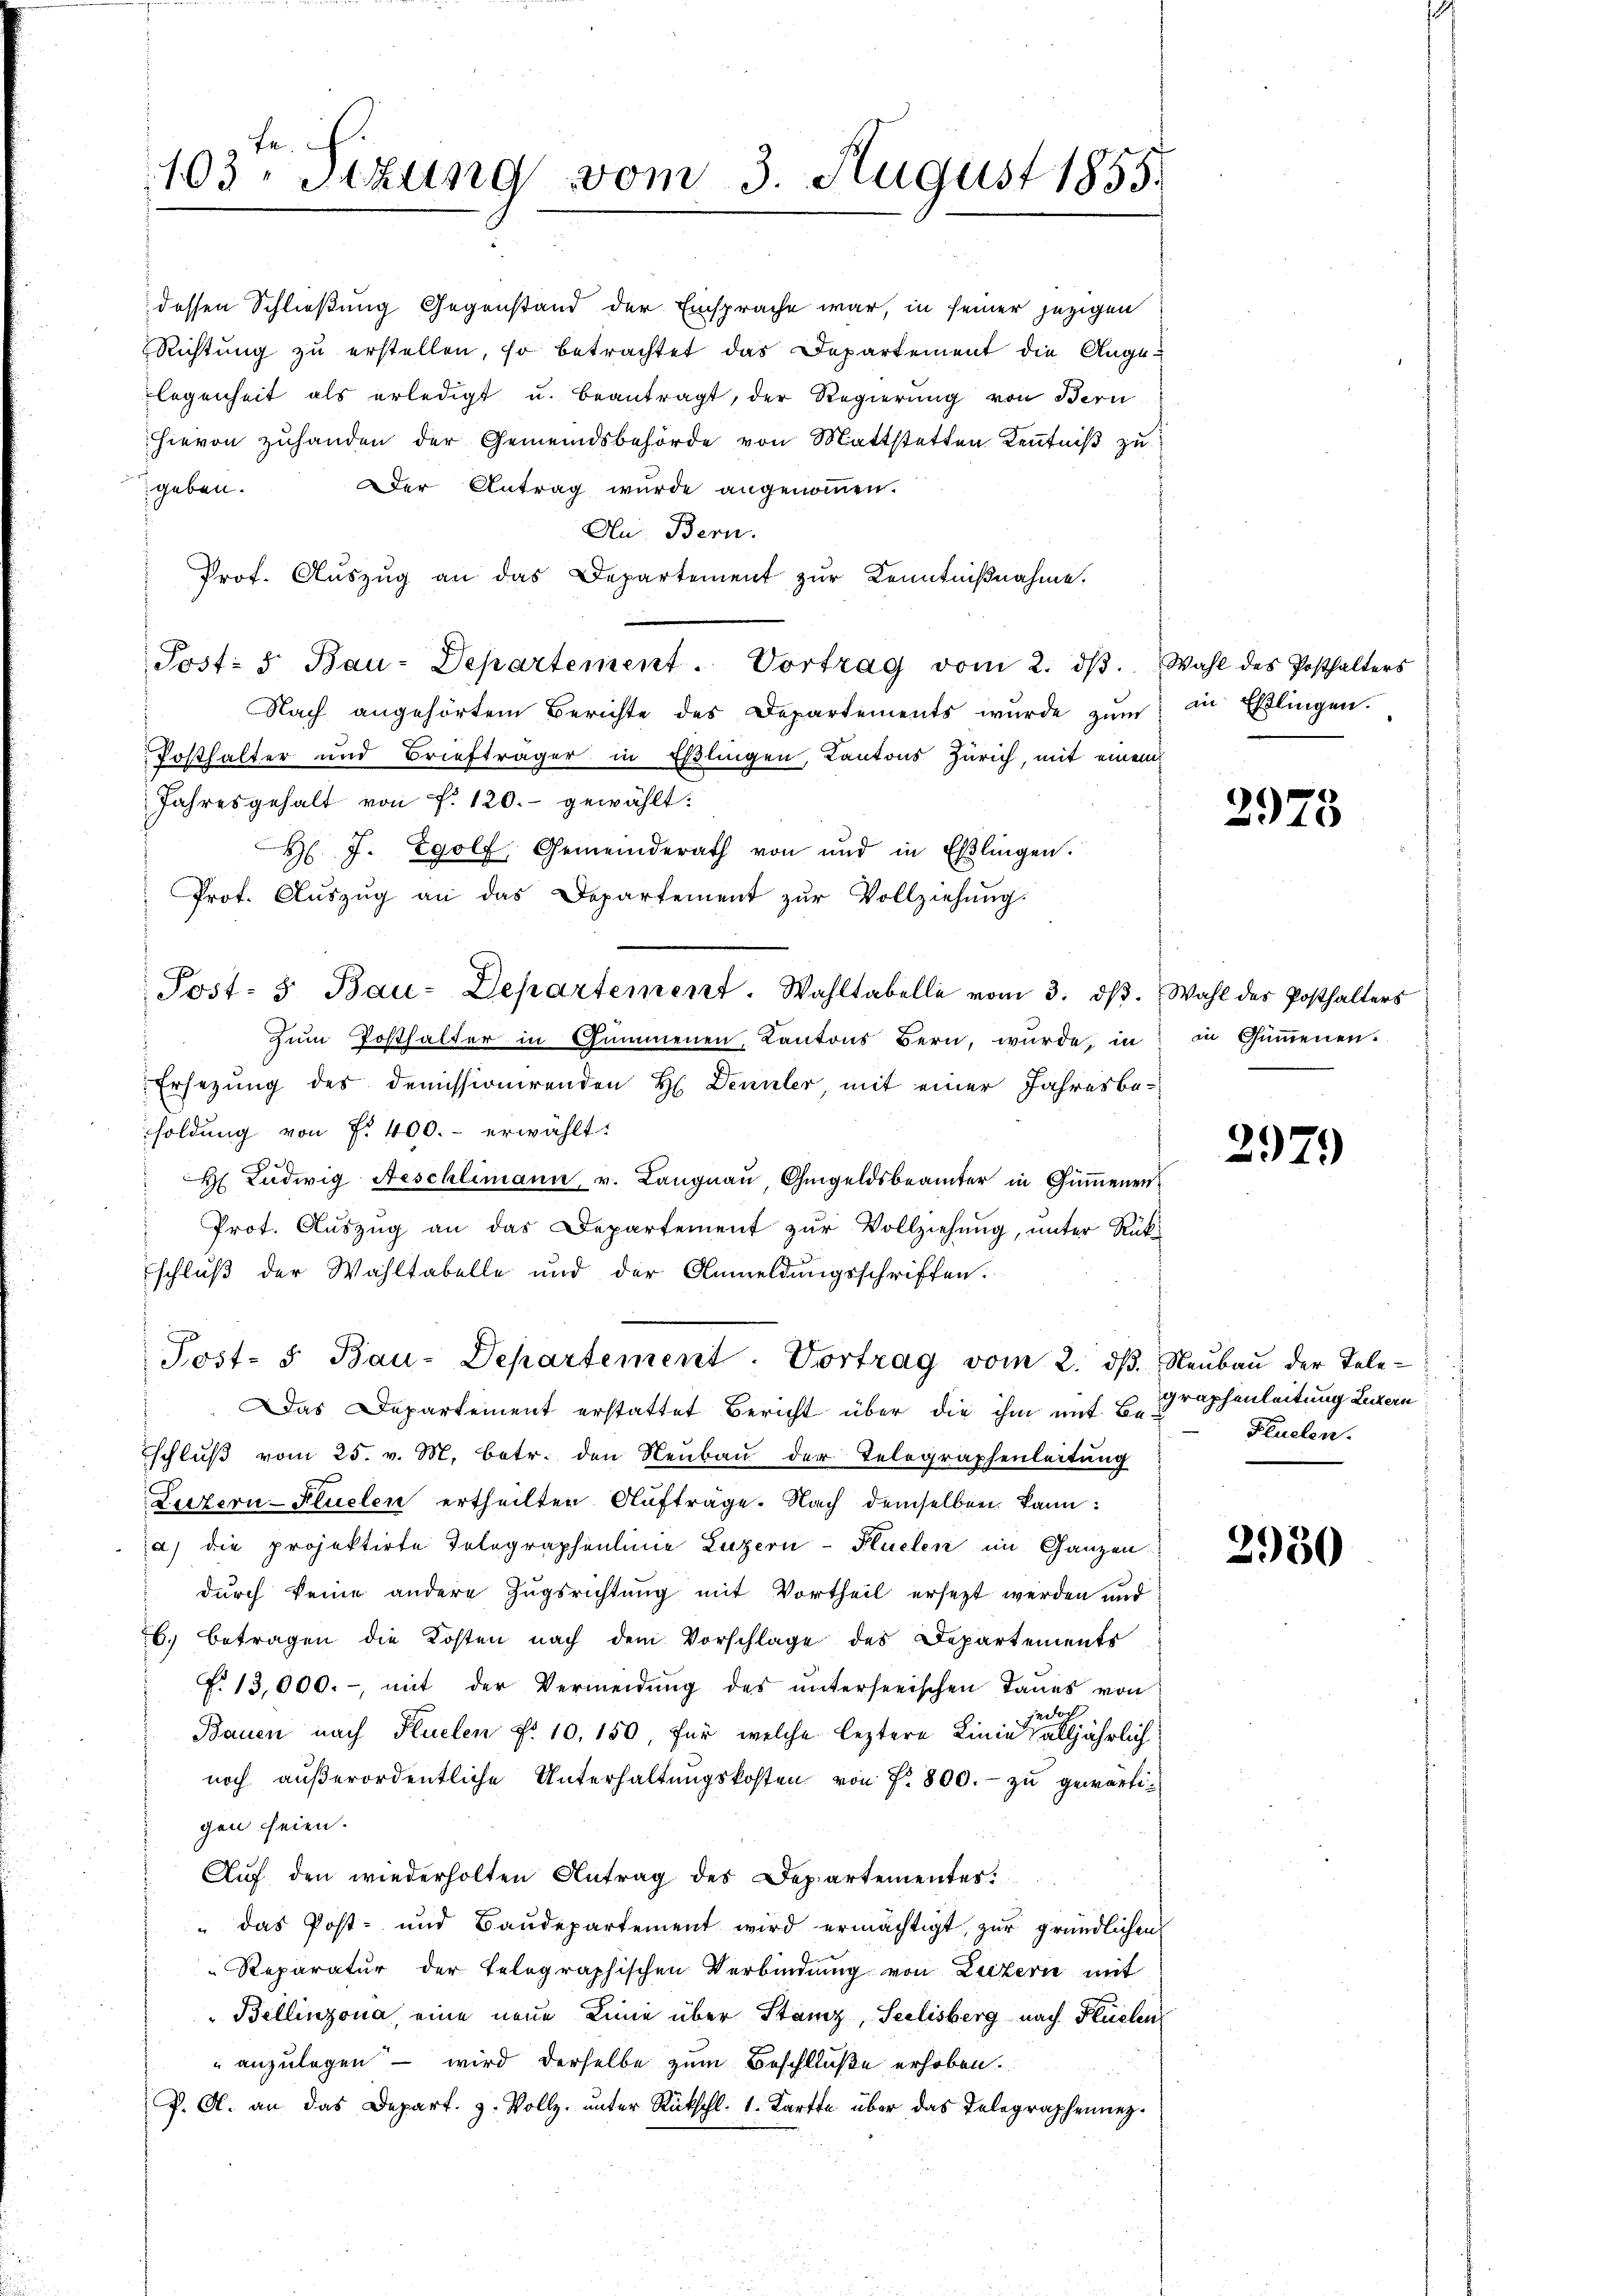
geben.
Der Antrag wurde angenommen.
An Bern.
Prof. Auszug an das Departement zur Kenntnißnahme.
Post: 8. Bau-Departement. Vortrag vom 2. dβ. Wahl des Posthalters
Nach angehörtem Berichte des Departements wurde zŭm in Eßlingen.
Posthalter und Briefträger in Eßlingen, Kantons Zürich, mit einem
Jahresgehalt von f. 120.- gewählt:
H J. Egolf, Gemeinderath von und in Eßlingen.
Prot. Aŭszŭg an das Departement zŭr Vollziehŭng.
Zum Posthalter in Gummenen, Kantons Bern, wurde, in in Gummenen.
Ersezung des demissionirenden H. Dennter mit einer Jahresbesoldung von f. 400.- erwählt:
 Ludwig Neschlimann, u. Langnau, Geigeldsbeamter in Gummenen
Prot. Auszug an das Departement zur Vollziehung, unter Rückschluß der Wahltabelle und der Anmeldungsschriften.
Post- u Bau-Departement. Vortrag vom 2. dβ. Neŭbaŭ der Tele-
Das Departement erstattet Bericht über die ihm mit Be-
schluß vom 25. v. M. betr. den Neubau der Telegraphenleitung
Luzern-Flüelen ertheilten Aufträge. Nach demselben kann:
a) die projektirte Tolographenlinie Luzern-Plüelen im Ganzen
durch keine andere Zugsrichtung mit Vortheil ersezt werden und
6.) Betragen die Kosten nach dem Vorschlage des Departements
f. 13,000.-, mit der Vermeidŭng des ŭnterseeischen Taṅes von
a
Bauen nach Kuelen No 10. 150, für welche leztere Linie alljährlich
noch außerordentliche Unterhaltungskosten von Fr. 800.- zu gewärtigen seien.
Auf den wiederholten Antrag des Departementes:
"das Post- und Baŭdepartement wird ermächtigt, zur gründlichen
Reparatur der Telegraphischen Verbindung von Luzern mit
Bellinzona, eine neue Linie über Stanz, Seelisberg nach Flüchen
" anzulegen – wird derselbe zum Beschluße erhoben.
P. O. an das Depart. 3. Vollz. ŭnter Rückschl. 1. Karte über das Telegraphennez.

103. Sitzung vom 3. August 1855.

dessen Schließung Gegenstand der Einsprache war, in seiner jezigen
Richtung zu erstellen, so betrachtet das Departement die Angelegenheit als erledigt u. beantragt, der Regierung von Bern
hievon zuhanden der Gemeindsbehörde von Mattstetten Kenntniß zu

Post- & Bau-Departement. Wahltabelle vom 3. dβ. Wahl des Posthalters

2978

2979

graphenleitung Luzern
Pluelen.

2950